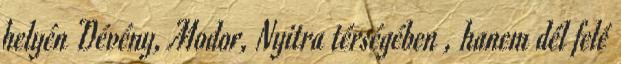
helyén Dévény, Modor, Nyitra térségében , hanem dél felé